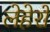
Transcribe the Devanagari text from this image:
लेहेरों